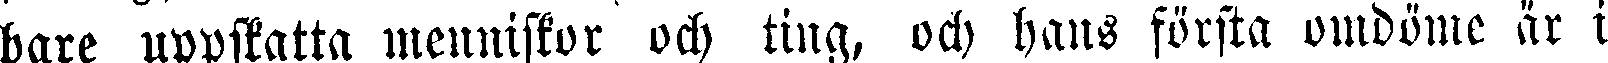
bare uppskatta menniskor och ting, och hans första omdöme är i